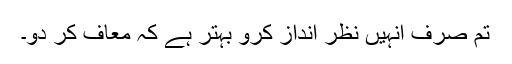
تم صرف انہیں نظر انداز کرو بہتر ہے کہ معاف کر دو۔